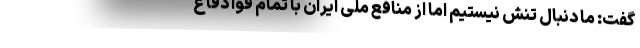
گفت: ما دنبال تنش نیستیم اما از منافع ملی ایران با تمام قوا دفاع